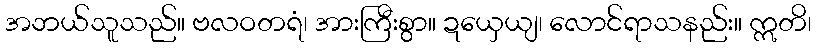
အဘယ်သူသည်။ ဗလဝတရံ၊ အားကြီးစွာ။ ဍယှေယျ၊ လောင်ရာသနည်း။ ဣတိ၊